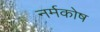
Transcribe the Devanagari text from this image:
नर्मकोष